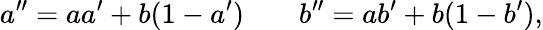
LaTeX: a^{\prime\prime}=aa^{\prime}+b(1-a^{\prime})\; \; \; \; \; \; \; b^{\prime\prime}=ab^{\prime}+b(1-b^{\prime}),